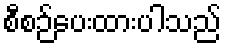
စီစဉ်ပေးထားပါသည်